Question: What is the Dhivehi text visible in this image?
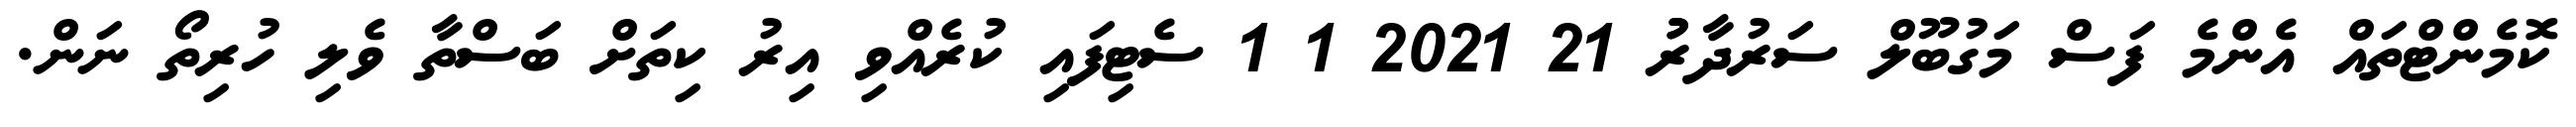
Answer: ކޮމެންޓްތައް އެންމެ ފަސް މަގުބޫލް ސަރުދާރުު 21 2021 1 1 ސެޓިފައި ކުރެއްވި އިރު ކިތަށް ބަސްތާ ވެލި ހުރިތޯ ނަން.